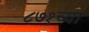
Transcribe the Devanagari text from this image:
८७१च्या